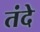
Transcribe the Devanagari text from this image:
तंदे